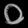
Digit: ၀